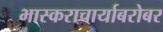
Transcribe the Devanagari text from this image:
भास्कराचार्याबरोबर